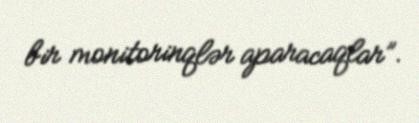
bir monitorinqlər aparacaqlar”.